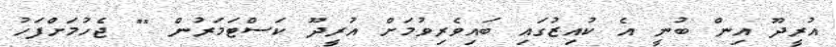
އުރީދޫ އިން ބުނީ އެ ކުއިޒުގައި ބައިވެރިވުމަށް އުރީދޫ ކަސްޓަމަރުން "" ޖެހުމަށްފަހު